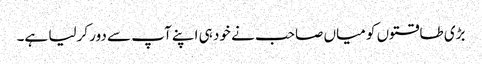
بڑی طاقتوں کو میاں صاحب نے خود ہی اپنے آپ سے دور کرلیا ہے۔